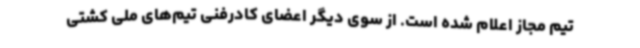
تیم مجاز اعلام شده است. از سوی دیگر اعضای کادرفنی تیم‌های ملی کشتی